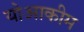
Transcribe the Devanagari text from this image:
योआकीम